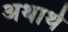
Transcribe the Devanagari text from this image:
अथार्थ